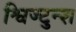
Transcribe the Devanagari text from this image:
श्विज्टुन्श